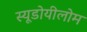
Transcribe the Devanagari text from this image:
स्यूडोयीलोम